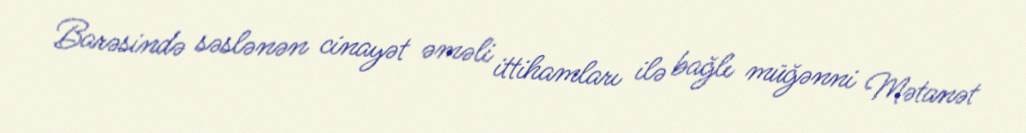
Barəsində səslənən cinayət əməli ittihamları ilə bağlı müğənni Mətanət